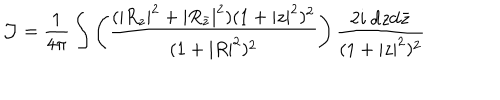
LaTeX: { \cal J } = \frac { 1 } { 4 \pi } \int \left( \frac { ( | R _ { z } | ^ { 2 } + | R _ { { \bar { z } } } | ^ { 2 } ) ( 1 + | z | ^ { 2 } ) ^ { 2 } } { ( 1 + | R | ^ { 2 } ) ^ { 2 } } \right) \frac { 2 i ~ \mathrm { d } z \mathrm { d } { \bar { z } } } { ( 1 + | z | ^ { 2 } ) ^ { 2 } }